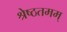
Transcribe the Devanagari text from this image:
श्रेष्ठतमम्